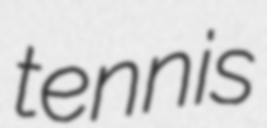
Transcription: tennis